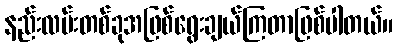
နည်းလမ်းတစ်ခုအဖြစ်ရွေးချယ်ကြတာဖြစ်ပါတယ်။